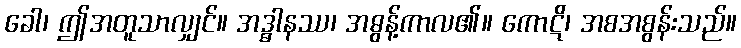
ခေါ၊ ဤအတူသာလျှင်။ အဒ္ဓါနဿ၊ အဓွန့်ကာလ၏။ ကောဋိ၊ အစအစွန်းသည်။